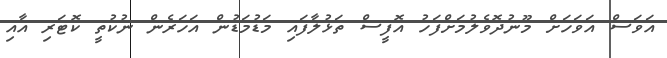
އަވަސް އަވަހަށް މޫނުދޮވެލުމަށްފަހު އޮފީސް ތަޅުލާފައި މަޑުމަޑުން އަހަރެން ނުކުތީ ކޮޓަރި އާއި